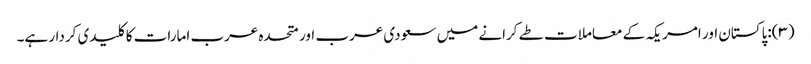
(۳):پاکستان اور امریکہ کے معاملات طے کرانے میں سعودی عرب اور متحدہ عرب امارات کا کلیدی کردار ہے۔